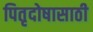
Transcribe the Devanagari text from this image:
पितृदोषासाठी